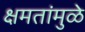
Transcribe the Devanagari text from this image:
क्षमतांमुळे